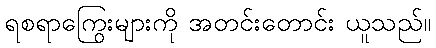
ရစရာကြွေးများကို အတင်းတောင်း ယူသည်။